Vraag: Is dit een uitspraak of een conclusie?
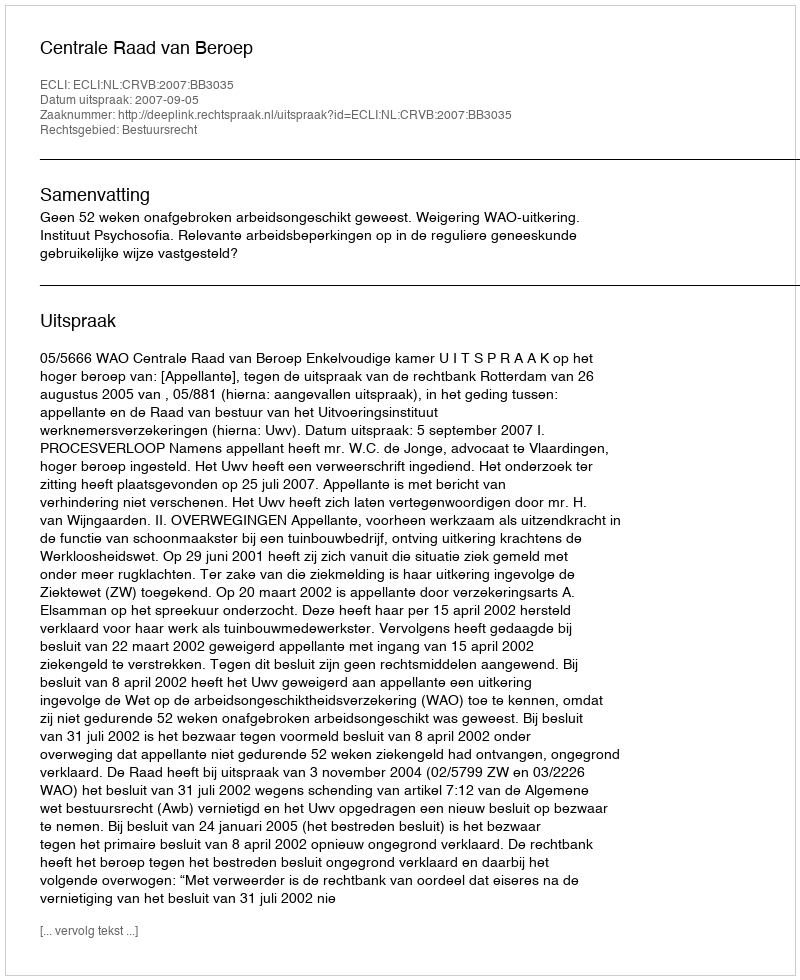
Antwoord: Uitspraak